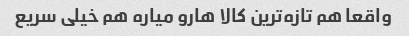
واقعا هم تازه‌ترین کالا هارو میاره هم خیلی سریع